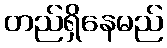
တည်ရှိနေမည်